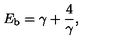
E _ { \mathrm { b } } = \gamma + { \frac { 4 } { \gamma } } ,